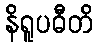
နိရူပဓီတိ